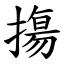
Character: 摥